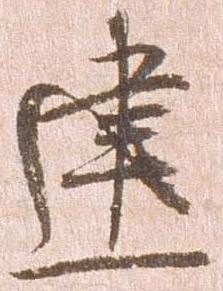
建